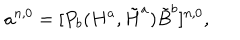
a ^ { n , 0 } = [ P _ { b } ( H ^ { a } , \tilde { H } ^ { a } ) \tilde { B } ^ { b } ] ^ { n , 0 } ,